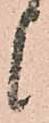
候